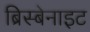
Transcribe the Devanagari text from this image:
ब्रिस्बेनाइट